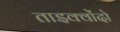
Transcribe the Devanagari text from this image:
ताइक्वोंदो